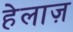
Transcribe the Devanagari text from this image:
हेलाज़